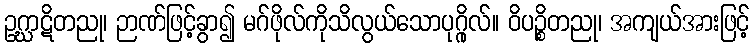
ဥဂ္ဃာဋိတညု၊ ဉာဏ်ဖြင့်ခွာ၍ မဂ်ဖိုလ်ကိုသိလွယ်သောပုဂ္ဂိုလ်။ ဝိပဉ္စိတညု၊ အကျယ်အားဖြင့်